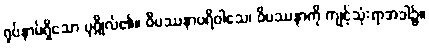
ရုပ်နာမ်ရှိသော ပုဂ္ဂိုလ်၏။ ဝိပဿနာပရိဝါသေ၊ ဝိပဿနာကို ကျင့်သုံးရာအခါ၌။